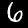
Digit: 6